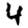
Digit: 4